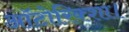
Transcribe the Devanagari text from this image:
ऑटोरिक्शा।